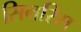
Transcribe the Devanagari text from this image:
सिनरिस